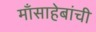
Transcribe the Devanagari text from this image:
माँसाहेबांची